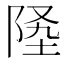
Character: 𨹡